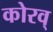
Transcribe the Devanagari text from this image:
कोरव्